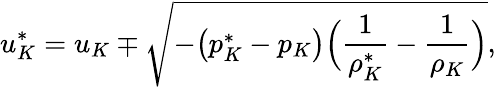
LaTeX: u_{K}^{*}=u_{K}\mp\sqrt{-\big(p_{K}^{*}-p_{K}\big)\Big(\frac{1}{\rho_{K}^{*}}-\frac{1}{\rho_{K}}\Big)},